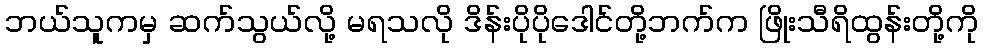
ဘယ်သူကမှ ဆက်သွယ်လို့ မရသလို ဒိန်းပိုပိုဒေါင်တို့ဘက်က ဖြိုးသီရိထွန်းတို့ကို